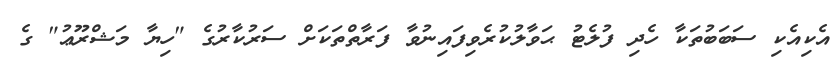
އެކިއެކި ސަބަބުތަކާ ހެދި ފުލެޓު ޙަވާލުކުރެވިފައިނުވާ ފަރާތްތަކަށް ސަރުކާރުގެ "ހިޔާ މަޝްރޫޢު" ގެ